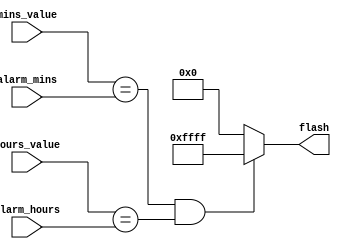
`timescale 1ns / 1ps
//////////////////////////////////////////////////////////////////////////////////
// Company: 
// Engineer: 
// 
// Design Name: 
// Module Name: alarm
// Project Name: 
// Target Devices: 
// Tool Versions: 
// Description: 
// 
// Dependencies: 
// 
// Revision:
// Revision 0.01 - File Created
// Additional Comments:
// 
//////////////////////////////////////////////////////////////////////////////////


module alarm(

input [5:0] alarm_mins,
input [5:0] alarm_hours,

input [5:0] mins_value,
input [5:0] hours_value,

output reg [15:0] flash
    );
    
always @(*) begin

    if((mins_value == alarm_mins) && (hours_value == alarm_hours)) begin
        flash <= 16'b1111111111111111;
    end else begin
        flash <= 0;
    end

end    
    
endmodule